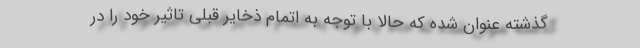
گذشته عنوان شده که حالا با توجه به اتمام ذخایر قبلی تاثیر خود را در